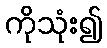
ကိုသုံး၍